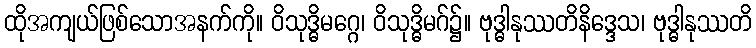
ထိုအကျယ်ဖြစ်သောအနက်ကို။ ဝိသုဒ္ဓိမဂ္ဂေ၊ ဝိသုဒ္ဓိမဂ်၌။ ဗုဒ္ဓါနုဿတိနိဒ္ဒေသ၊ ဗုဒ္ဓါနုဿတိ